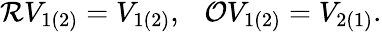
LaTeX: \begin{array}{r}{{\cal{R}}V_{1(2)}=V_{1(2)},\ \ \ {\cal{O}}V_{1(2)}=V_{2(1)}.}\end{array}